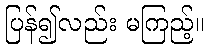
ပြန်၍လည်း မကြည့်။